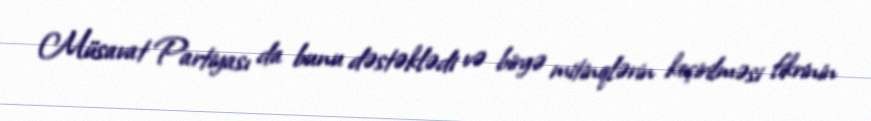
Müsavat Partiyası da bunu dəstəklədi və birgə mitinqlərin keçirilməsi fikrinin